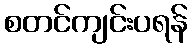
စတင်ကျင်းပရန်